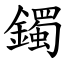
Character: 鐲